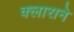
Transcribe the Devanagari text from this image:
क्लाराने